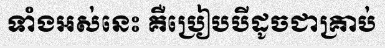
ទាំងអស់នេះ គឺប្រៀបបីដូចជាគ្រាប់